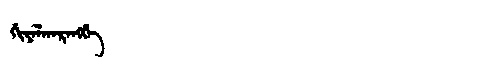
Manchu: ᡤᡳᠶᠠᠯᡤᠠᡵᠠᠩᡤᡝ
Romanization: GIYALGARANGGE